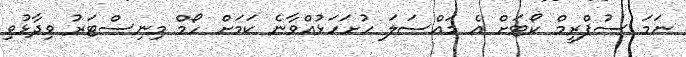
ނަމަ ސުޕްރީމް ކޯޓަށް އެ މައްސަލަ ހުށަހަޅުއްވާނެ ކަމަށް ހޯމް މިނިސްޓަރު ވިދާޅުވި